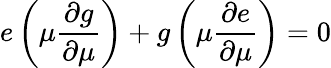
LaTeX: e\left(\mu{\frac{\partial g}{\partial\mu}}\right)+g\left(\mu{\frac{\partial e}{\partial\mu}}\right)=0